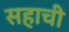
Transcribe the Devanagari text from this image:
सहाची